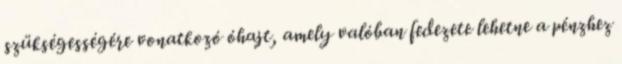
szükségességére vonatkozó óhajt, amely valóban fedezete lehetne a pénzhez